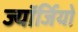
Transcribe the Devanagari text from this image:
ज्यॉर्जियो